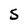
Character: s